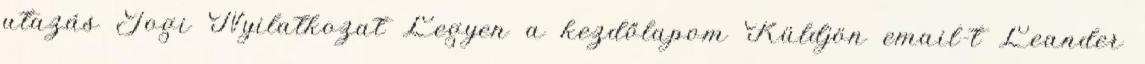
utazás Jogi Nyilatkozat Legyen a kezdőlapom Küldjön email-t Leander